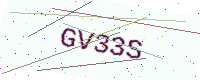
Text: GV33S